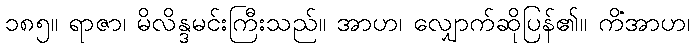
၁၈၅။ ရာဇာ၊ မိလိန္ဒမင်းကြီးသည်။ အာဟ၊ လျှောက်ဆိုပြန်၏။ ကိံအာဟ၊